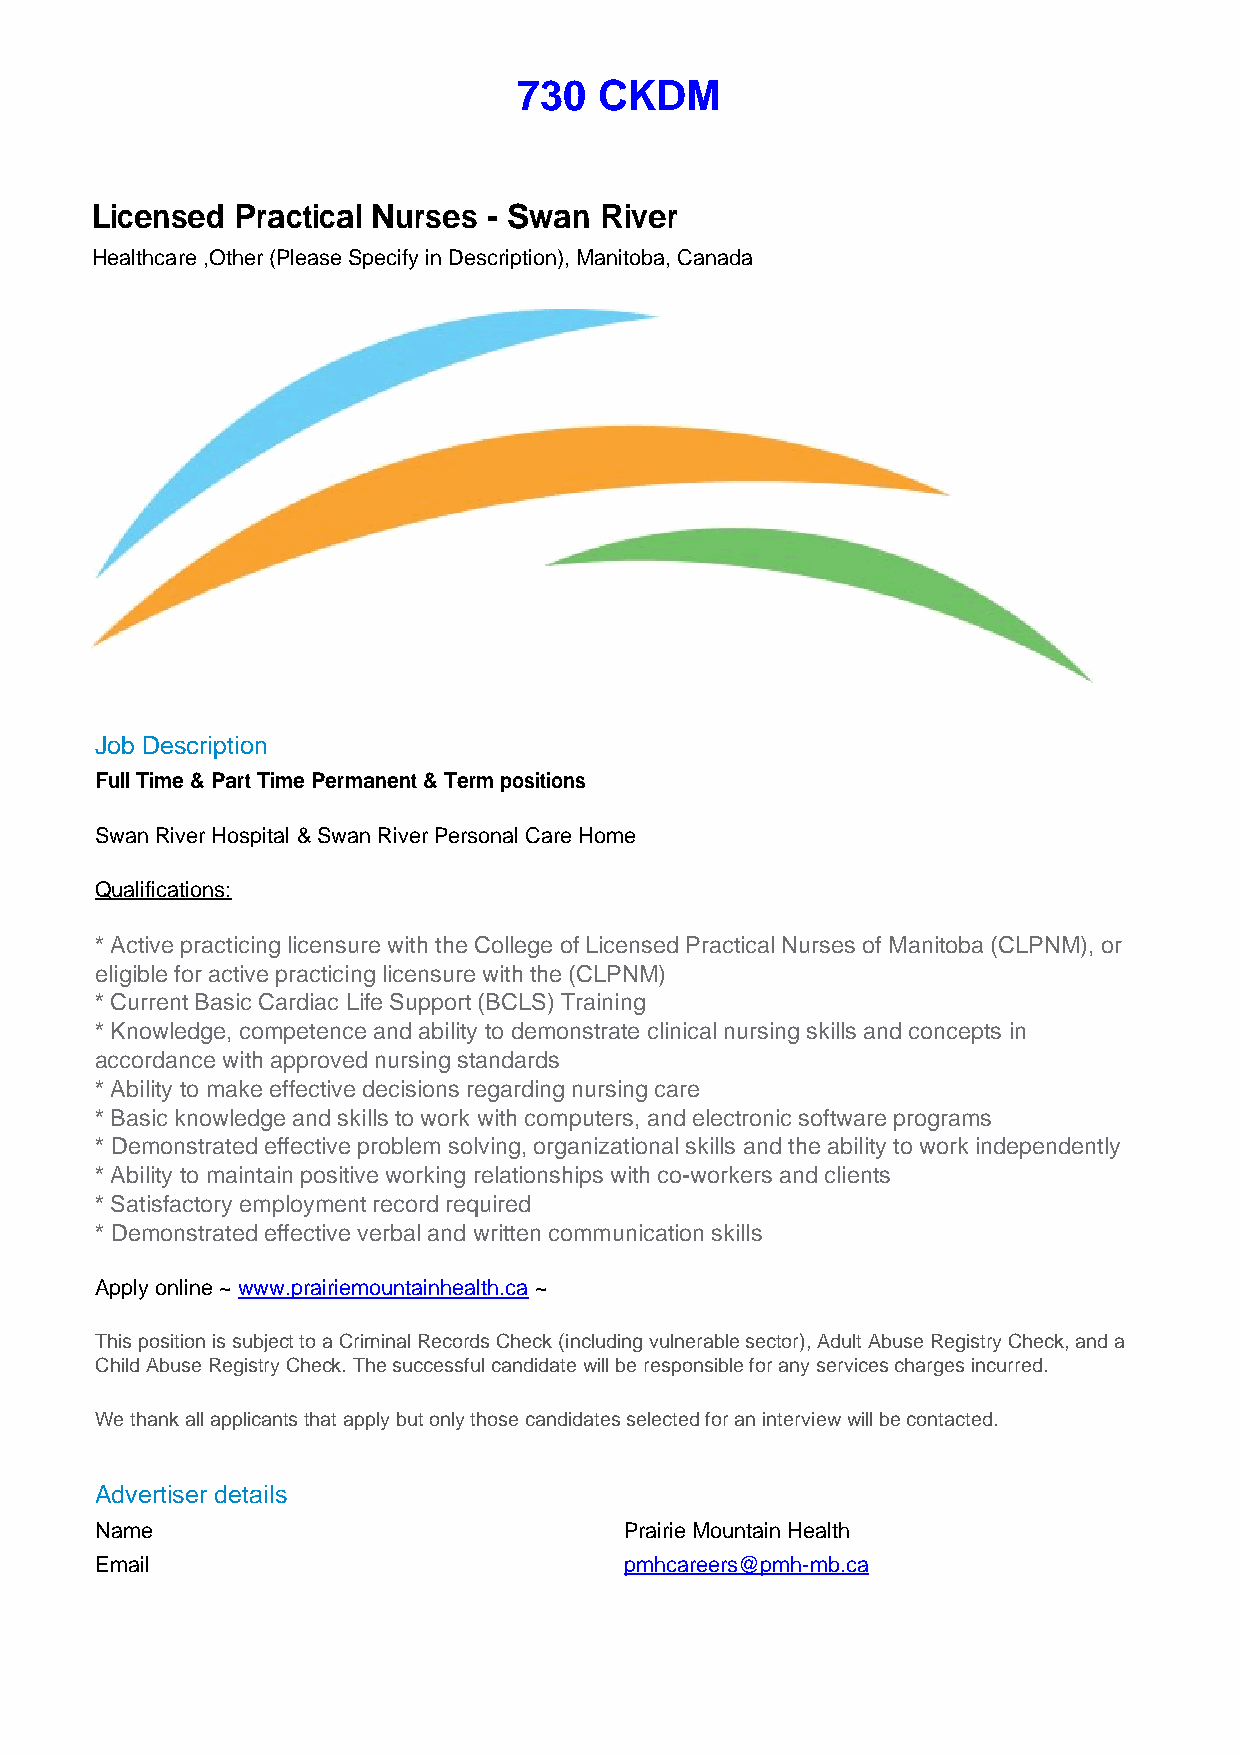
730   CKDM
 Licensed  Practical Nurses - Swan River
 Healthcare ,Other (Please Specify in Description), Manitoba, Canada
 Job Description
 Full Time & Part Time Permanent & Term positions
 Swan River Hospital & Swan River Personal Care Home
 Qualifications:
 * Active practicing licensure with the College of Licensed Practical Nurses of Manitoba (CLPNM), or
 eligible for active practicing licensure with the (CLPNM)
 * Current Basic Cardiac Life Support (BCLS) Training
 * Knowledge, competence and ability to demonstrate clinical nursing skills and concepts in
 accordance with approved nursing standards
 * Ability to make effective decisions regarding nursing care
 * Basic knowledge and skills to work with computers, and electronic software programs
 * Demonstrated effective problem solving, organizational skills and the ability to work independently
 * Ability to maintain positive working relationships with co-workers and clients
 * Satisfactory employment record required
 * Demonstrated effective verbal and written communication skills
 Apply online ~ www.prairiemountainhealth.ca ~
 This position is subject to a Criminal Records Check (including vulnerable sector), Adult Abuse Registry Check, and a
 Child Abuse Registry Check. The successful candidate will be responsible for any services charges incurred.
 We thank all applicants that apply but only those candidates selected for an interview will be contacted.
 Advertiser details
 Name                               Prairie Mountain Health
 Email                              pmhcareers@pmh-mb.ca